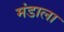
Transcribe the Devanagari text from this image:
मंडाला